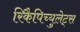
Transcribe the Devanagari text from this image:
रिकैपिच्युलेट्स